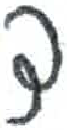
אות: ד